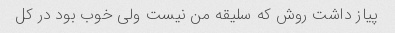
پیاز داشت روش که سلیقه من نیست ولی خوب بود در کل